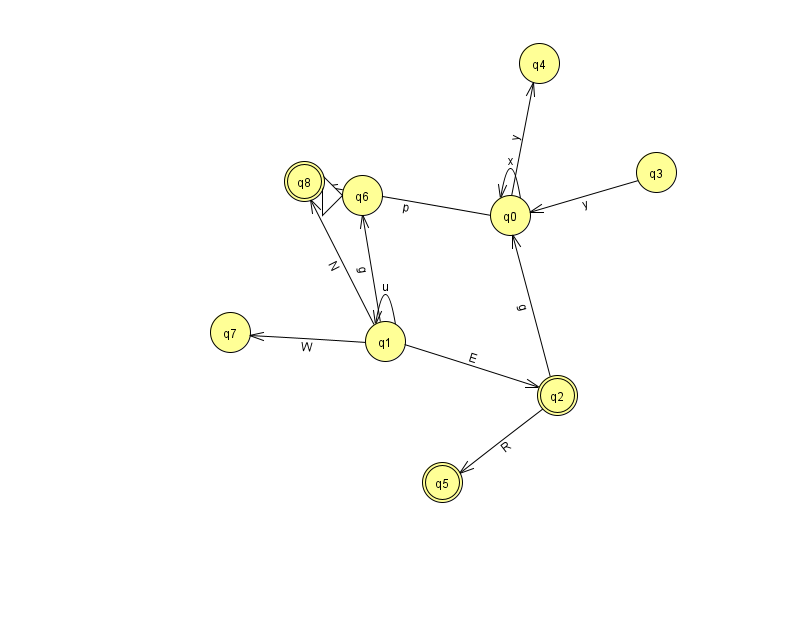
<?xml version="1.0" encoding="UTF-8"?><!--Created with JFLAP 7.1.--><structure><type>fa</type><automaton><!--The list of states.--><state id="0" name="q0"><x>510.0</x><y>202.0</y></state><state id="1" name="q1"><x>385.0</x><y>328.0</y></state><state id="2" name="q2"><x>557.0</x><y>382.0</y><final/></state><state id="3" name="q3"><x>656.0</x><y>159.0</y></state><state id="4" name="q4"><x>539.0</x><y>50.0</y></state><state id="5" name="q5"><x>442.0</x><y>469.0</y><final/></state><state id="6" name="q6"><x>362.0</x><y>182.0</y><initial/></state><state id="7" name="q7"><x>230.0</x><y>319.0</y></state><state id="8" name="q8"><x>304.0</x><y>168.0</y><final/></state><!--The list of transitions.--><transition><from>1</from><to>6</to><read>g</read></transition><transition><from>2</from><to>5</to><read>R</read></transition><transition><from>2</from><to>0</to><read>g</read></transition><transition><from>1</from><to>7</to><read>W</read></transition><transition><from>1</from><to>1</to><read>u</read></transition><transition><from>0</from><to>4</to><read>y</read></transition><transition><from>0</from><to>0</to><read>x</read></transition><transition><from>1</from><to>2</to><read>E</read></transition><transition><from>0</from><to>8</to><read>p</read></transition><transition><from>1</from><to>8</to><read>N</read></transition><transition><from>3</from><to>0</to><read>y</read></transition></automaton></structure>